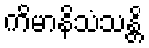
ကိမာနိသံသန္တိ